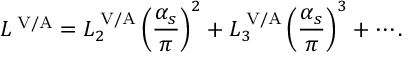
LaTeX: { \cal L } ^ { \mathrm { \scriptsize ~ V / A } } = { \cal L } _ { 2 } ^ { \mathrm { \scriptsize ~ V / A } } \left( \frac { \alpha _ { s } } { \pi } \right) ^ { 2 } + { \cal L } _ { 3 } ^ { \mathrm { \scriptsize ~ V / A } } \left( \frac { \alpha _ { s } } { \pi } \right) ^ { 3 } + \cdots .